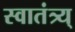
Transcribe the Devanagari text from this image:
स्वातंत्र्य्